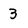
Character: 3